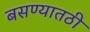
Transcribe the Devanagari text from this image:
बसण्यातठी